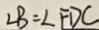
\angle B = \angle F D C